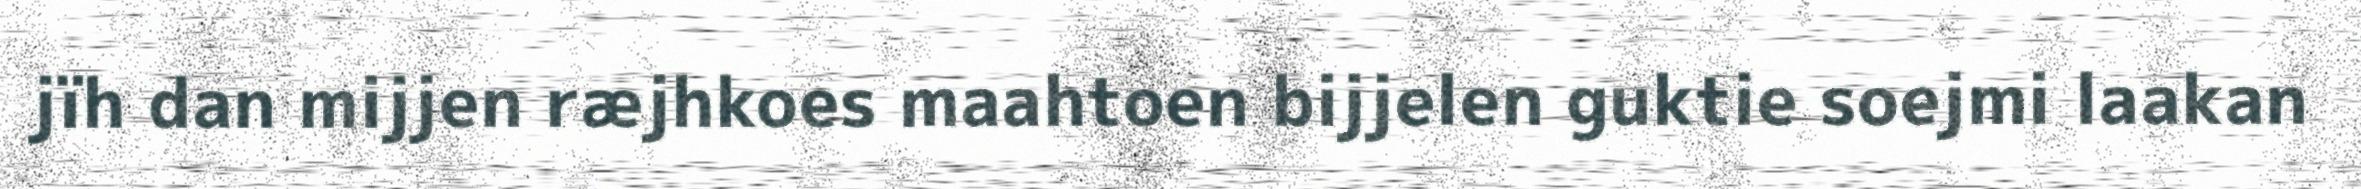
jïh dan mijjen ræjhkoes maahtoen bijjelen guktie soejmi laakan